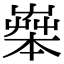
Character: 𦱧